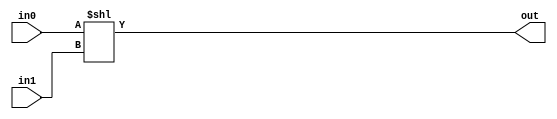
`timescale 1ns / 1ps
//////////////////////////////////////////////////////////////////////////////////
// Company: 
// Engineer: 
// 
// Design Name: 
// Module Name: shifter8b
// Project Name: 
// Target Devices: 
// Tool Versions: 
// Description: 
// 
// Dependencies: 
// 
// Revision:
// Revision 0.01 - File Created
// Additional Comments:
// 
//////////////////////////////////////////////////////////////////////////////////


module shifter8b(
    input [7:0] in0,
    input [7:0] in1,
    output [7:0] out
    );
    assign out = in0 << in1;
endmodule